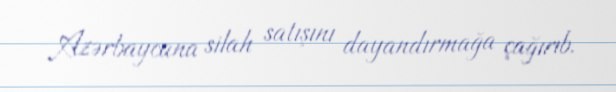
Azərbaycana silah satışını dayandırmağa çağırıb.